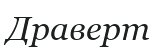
Драверт